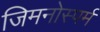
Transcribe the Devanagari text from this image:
जिमनोस्पर्म